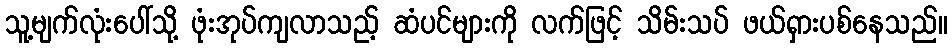
သူ့မျက်လုံးပေါ်သို့ ဖုံးအုပ်ကျလာသည့် ဆံပင်များကို လက်ဖြင့် သိမ်းသပ် ဖယ်ရှားပစ်နေသည်။